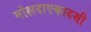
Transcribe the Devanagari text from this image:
मोक्षदाएकादशी